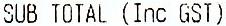
SUB TOTAL (INC GST)